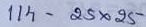
114 = 25 x 25